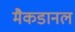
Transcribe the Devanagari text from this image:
मैकडानल